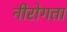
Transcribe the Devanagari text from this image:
नीरोगता